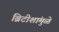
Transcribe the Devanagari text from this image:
ब्रिटीशांमुळे